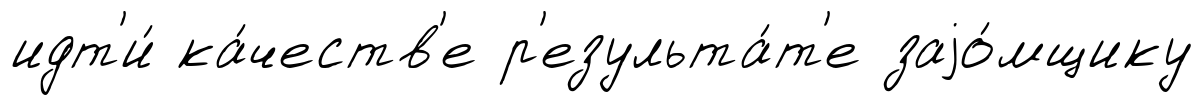
идт'и́ ка́честв'е р'езульта́т'е заjо́мщику